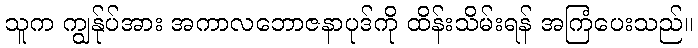
သူက ကျွန်ုပ်အား အကာလဘောဇနာပုဒ်ကို ထိန်းသိမ်းရန် အကြံပေးသည်။